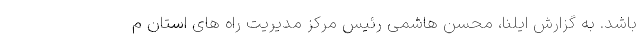
باشد. به گزارش ایلنا، محسن هاشمی رئیس مرکز مدیریت راه های استان م